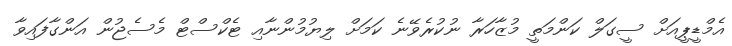
އެމްޑީޕީއަށް ސީގަލް ކަންމަތީ މުޒާހަރާ ނުކުރެވޭނެ ކަމަށް ލިޔުމުންނާއި ޓެކްސްޓް މެސެޖުން އަންގާފައިވާ